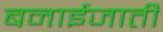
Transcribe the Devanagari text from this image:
बनाईजाती